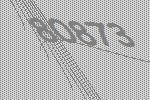
80873